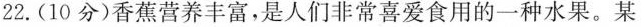
22.(10分)香蕉营养丰富，是人们非常喜爱食用的一种水果。某